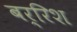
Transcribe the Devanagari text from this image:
बर्रिश